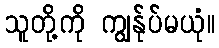
သူတို့ကို ကျွန်ုပ်မယုံ။